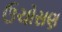
ઉચોસણ